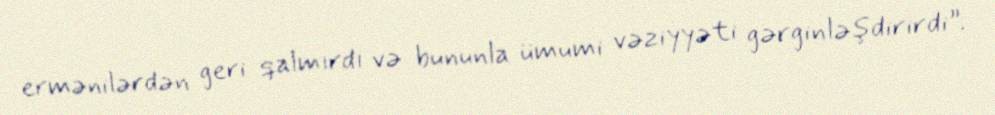
ermənilərdən geri qalmırdı və bununla ümumi vəziyyəti gərginləşdirirdi”.